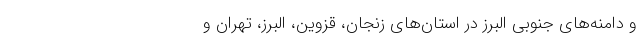
و دامنه‌های جنوبی البرز در استان‌های زنجان، قزوین، البرز، تهران و